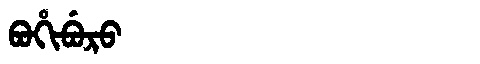
Manchu: ᠪᠣᡥᡳᠪᡠᡵᠣ
Romanization: BOHIBURO